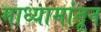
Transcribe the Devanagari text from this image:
माध्यामांतून